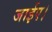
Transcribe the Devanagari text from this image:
जाईए।